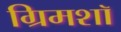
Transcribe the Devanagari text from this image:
ग्रिमशॉ